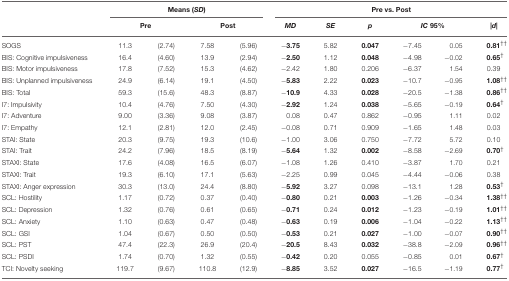
<table><thead><tr><td></td><td colspan="4"><b>Means (<i>SD</i>)</b></td><td colspan="6"><b>Pre vs. Post</b></td></tr><tr><td></td><td colspan="2"><b>Pre</b></td><td colspan="2"><b>Post</b></td><td><b><i>MD</i></b></td><td><b><i>SE</i></b></td><td><b><i>p</i></b></td><td colspan="2"><b><i>IC</i> 95%</b></td><td><b>|<i>d</i>|</b></td></tr></thead><tbody><tr><td>SOGS</td><td>11.3</td><td>(2.74)</td><td>7.58</td><td>(5.96)</td><td>−<b>3.75</b></td><td>5.82</td><td><b>0.047</b></td><td>−7.45</td><td>0.05</td><td><b>0.81</b><sup>††</sup></td></tr><tr><td>BIS: Cognitive impulsiveness</td><td>16.4</td><td>(4.60)</td><td>13.9</td><td>(2.94)</td><td>−<b>2.50</b></td><td>1.12</td><td><b>0.048</b></td><td>−4.98</td><td>−0.02</td><td><b>0.65</b><sup>†</sup></td></tr><tr><td>BIS: Motor impulsiveness</td><td>17.8</td><td>(7.52)</td><td>15.3</td><td>(4.62)</td><td>−2.42</td><td>1.80</td><td>0.206</td><td>−6.37</td><td>1.54</td><td>0.39</td></tr><tr><td>BIS: Unplanned impulsiveness</td><td>24.9</td><td>(6.14)</td><td>19.1</td><td>(4.50)</td><td>−<b>5.83</b></td><td>2.22</td><td><b>0.023</b></td><td>−10.7</td><td>−0.95</td><td><b>1.08</b><sup>††</sup></td></tr><tr><td>BIS: Total</td><td>59.3</td><td>(15.6)</td><td>48.3</td><td>(8.87)</td><td>−<b>10.9</b></td><td>4.33</td><td><b>0.028</b></td><td>−20.5</td><td>−1.38</td><td><b>0.86</b><sup>††</sup></td></tr><tr><td>I7: Impulsivity</td><td>10.4</td><td>(4.76)</td><td>7.50</td><td>(4.30)</td><td>−<b>2.92</b></td><td>1.24</td><td><b>0.038</b></td><td>−5.65</td><td>−0.19</td><td><b>0.64</b><sup>†</sup></td></tr><tr><td>I7: Adventure</td><td>9.00</td><td>(3.36)</td><td>9.08</td><td>(3.87)</td><td>0.08</td><td>0.47</td><td>0.862</td><td>−0.95</td><td>1.11</td><td>0.02</td></tr><tr><td>I7: Empathy</td><td>12.1</td><td>(2.81)</td><td>12.0</td><td>(2.45)</td><td>−0.08</td><td>0.71</td><td>0.909</td><td>−1.65</td><td>1.48</td><td>0.03</td></tr><tr><td>STAI: State</td><td>20.3</td><td>(9.75)</td><td>19.3</td><td>(10.6)</td><td>−1.00</td><td>3.06</td><td>0.750</td><td>−7.72</td><td>5.72</td><td>0.10</td></tr><tr><td>STAI: Trait</td><td>24.2</td><td>(7.96)</td><td>18.5</td><td>(8.19)</td><td>−<b>5.64</b></td><td>1.32</td><td><b>0.002</b></td><td>−8.58</td><td>−2.69</td><td><b>0.70</b><sup>†</sup></td></tr><tr><td>STAXI: State</td><td>17.6</td><td>(4.08)</td><td>16.5</td><td>(6.07)</td><td>−1.08</td><td>1.26</td><td>0.410</td><td>−3.87</td><td>1.70</td><td>0.21</td></tr><tr><td>STAXI: Trait</td><td>19.3</td><td>(6.10)</td><td>17.1</td><td>(5.63)</td><td>−2.25</td><td>0.99</td><td>0.045</td><td>−4.44</td><td>−0.06</td><td>0.38</td></tr><tr><td>STAXI: Anger expression</td><td>30.3</td><td>(13.0)</td><td>24.4</td><td>(8.80)</td><td>−<b>5.92</b></td><td>3.27</td><td>0.098</td><td>−13.1</td><td>1.28</td><td><b>0.53</b><sup>†</sup></td></tr><tr><td>SCL: Hostility</td><td>1.17</td><td>(0.72)</td><td>0.37</td><td>(0.40)</td><td>−<b>0.80</b></td><td>0.21</td><td><b>0.003</b></td><td>−1.26</td><td>−0.34</td><td><b>1.38</b><sup>††</sup></td></tr><tr><td>SCL: Depression</td><td>1.32</td><td>(0.76)</td><td>0.61</td><td>(0.65)</td><td>−<b>0.71</b></td><td>0.24</td><td><b>0.012</b></td><td>−1.23</td><td>−0.19</td><td><b>1.01</b><sup>††</sup></td></tr><tr><td>SCL: Anxiety</td><td>1.10</td><td>(0.63)</td><td>0.47</td><td>(0.48)</td><td>−<b>0.63</b></td><td>0.19</td><td><b>0.006</b></td><td>−1.04</td><td>−0.22</td><td><b>1.13</b><sup>††</sup></td></tr><tr><td>SCL: GSI</td><td>1.04</td><td>(0.67)</td><td>0.50</td><td>(0.50)</td><td>−<b>0.53</b></td><td>0.21</td><td><b>0.027</b></td><td>−1.00</td><td>−0.07</td><td><b>0.90</b><sup>††</sup></td></tr><tr><td>SCL: PST</td><td>47.4</td><td>(22.3)</td><td>26.9</td><td>(20.4)</td><td>−<b>20.5</b></td><td>8.43</td><td><b>0.032</b></td><td>−38.8</td><td>−2.09</td><td><b>0.96</b><sup>††</sup></td></tr><tr><td>SCL: PSDI</td><td>1.74</td><td>(0.70)</td><td>1.32</td><td>(0.55)</td><td>−<b>0.42</b></td><td>0.20</td><td>0.055</td><td>−0.85</td><td>0.01</td><td><b>0.67</b><sup>†</sup></td></tr><tr><td>TCI: Novelty seeking</td><td>119.7</td><td>(9.67)</td><td>110.8</td><td>(12.9)</td><td>−<b>8.85</b></td><td>3.52</td><td><b>0.027</b></td><td>−16.5</td><td>−1.19</td><td><b>0.77</b><sup>†</sup></td></tr></tbody></table>